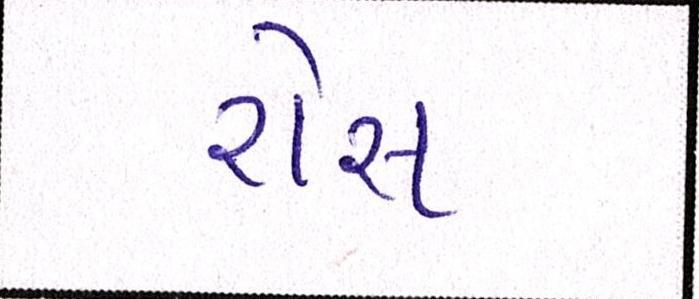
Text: રોસ